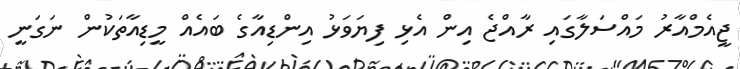
ޖީއެމްއާރު މައްސަލާގައި ރާއްޖެ އިން އެޅި ފިޔަވަޅު އިންޑިއާގެ ބައެއް މީޑިއާތަކުން ނަގަނީ